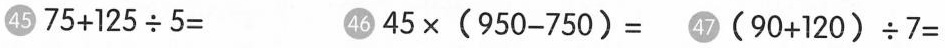
㊺$$7 5 + 1 2 5 \div 5 =$$ ㊻$$4 5 \times ( 9 5 0 - 7 5 0 ) =$$ ㊼$$( 9 0 + 1 2 0 ) \div 7 =$$